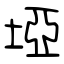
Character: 埡